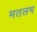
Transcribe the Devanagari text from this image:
मतलभ